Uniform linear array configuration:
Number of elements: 24
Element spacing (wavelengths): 1
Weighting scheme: blackman
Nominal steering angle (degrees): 60
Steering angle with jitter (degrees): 60.532
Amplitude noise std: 0.05
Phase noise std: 0.05

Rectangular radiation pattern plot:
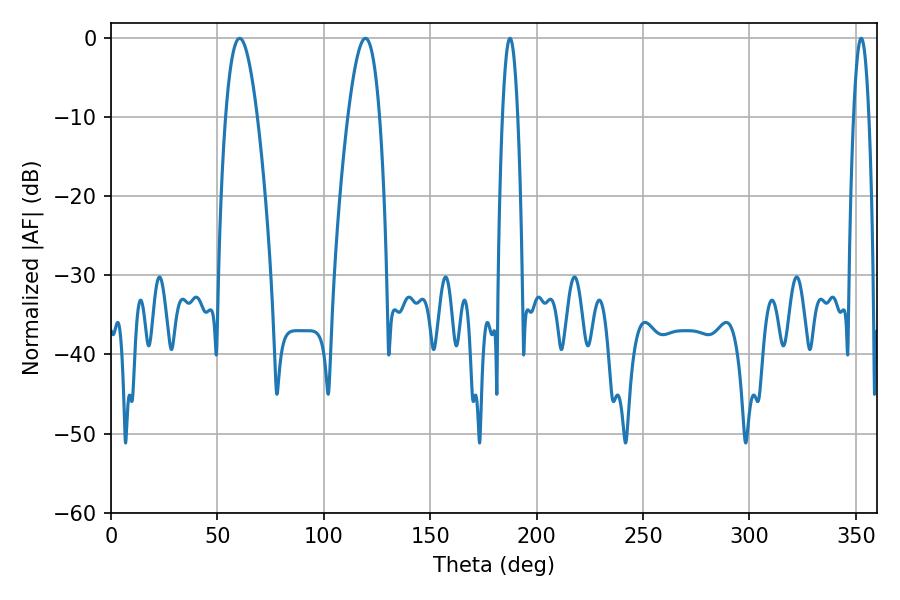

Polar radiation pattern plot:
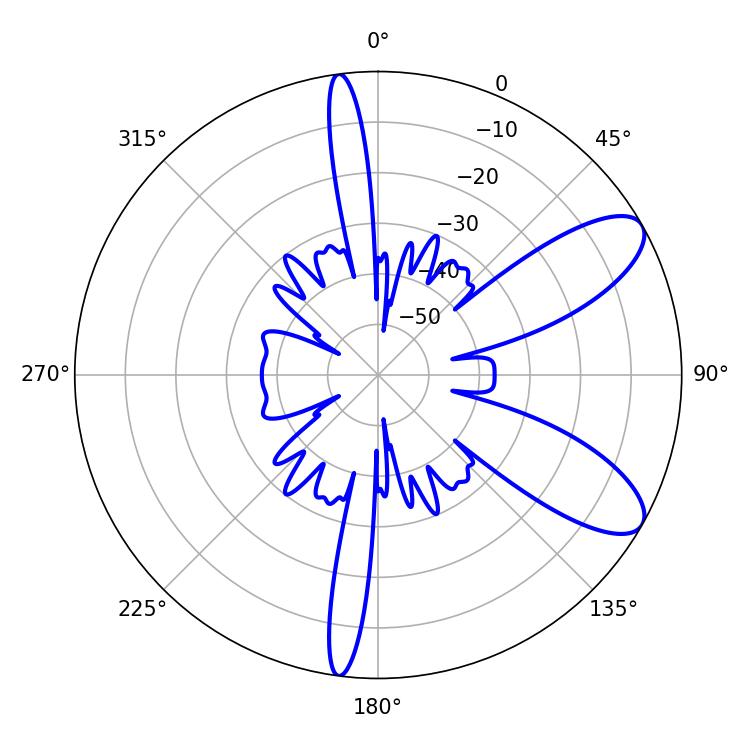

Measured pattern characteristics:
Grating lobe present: TRUE
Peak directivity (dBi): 9.068
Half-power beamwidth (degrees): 8.1
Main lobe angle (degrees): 60.48